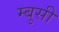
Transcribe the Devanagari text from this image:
म्बुसी